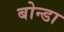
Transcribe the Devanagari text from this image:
बोन्डा